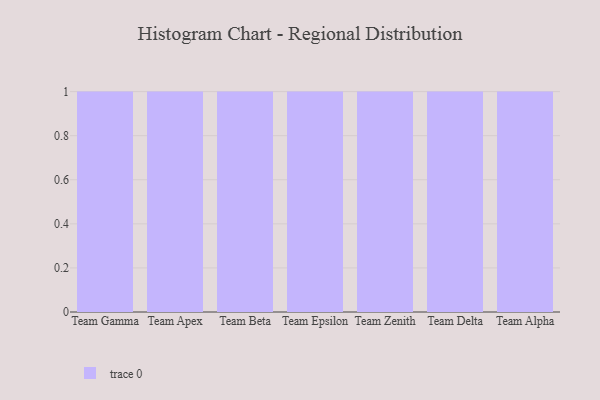
{"axis": {"x": "Team", "y": "Temperature (°C)"}, "legend": [""], "data": [{"x": "Team Gamma", "y": 30, "type": ""}, {"x": "Team Apex", "y": 49, "type": ""}, {"x": "Team Beta", "y": 21, "type": ""}, {"x": "Team Epsilon", "y": 64, "type": ""}, {"x": "Team Zenith", "y": 79, "type": ""}, {"x": "Team Delta", "y": 53, "type": ""}, {"x": "Team Alpha", "y": 38, "type": ""}]}